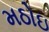
મઠોઇ